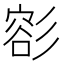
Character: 彮